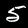
Digit: 5